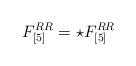
LaTeX: \begin{align*}F_{[5]}^{RR} = \star F_{[5]}^{RR} \end{align*}